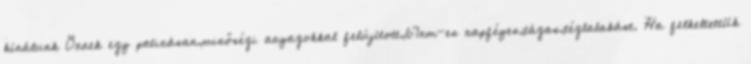
kínálunk Önnek egy patinásan,minőségi anyagokkal felújított,67nm-es napféyes,tágas,téglalakást. Ha felkeltettük